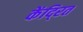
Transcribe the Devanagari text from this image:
केंदि्रत